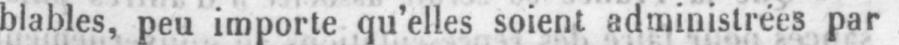
blables, peu importe qu’elles soient administrées par